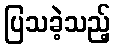
ပြသခဲ့သည့်